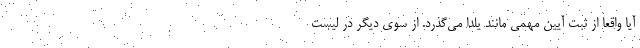
آیا واقعا از ثبتِ آیینِ مهمی مانند یلدا می‌گذرد. از سوی دیگر در لیست